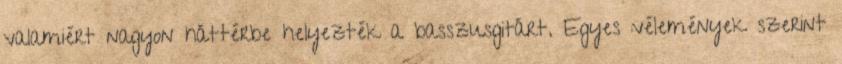
valamiért nagyon háttérbe helyezték a basszusgitárt. Egyes vélemények szerint